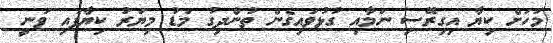
މަހަށް ކިޔާ އިގިރޭސި ނަމާއި ގުޅުވައިގެން ތުންދިގު މަޑު މިޔަރު ކިޔާފައި ވަނީ